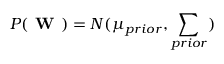
P ( \textbf { W } ) = N ( \mu _ { p r i o r } , \sum _ { p r i o r } )